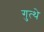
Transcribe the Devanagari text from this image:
गुत्थे